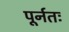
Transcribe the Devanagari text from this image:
पूर्नतः